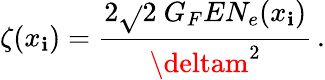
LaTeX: \zeta(x_{\mathbf{i}})=\frac{{2\sqrt{}{{2}}\ G_{F}EN_{e}(x_{\mathbf{i}})}}{{\deltam^{2}}}\, .